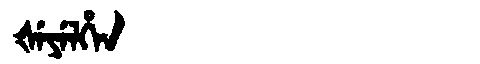
Manchu: ᡧᡝᠶᡝᠯᡥᡝᠨ
Romanization: ŠEYELHEN